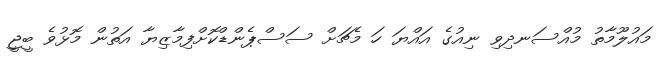
މައުލޫމާތު މުއްސަނދިވި ނިއުގެ އައްޔަ ހަ މެޗަށް ސަސްޕެންޑްކޮށްފިމާޒިޔާ އަތުން މޮޅުވެ ބީޖީ